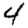
Digit: 4